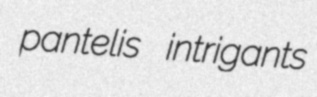
pantelis intrigants